Civil Veterinary Department Bihar & Orissa reports 1929-36 - 1929-1936
Year: 1929
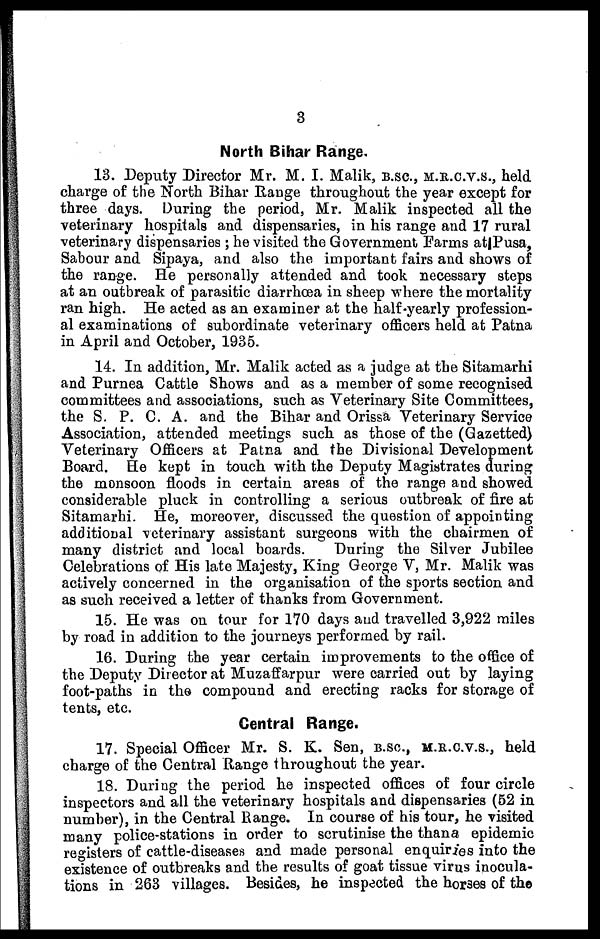
3
North Bihar Range.
13. Deputy Director Mr. M. I. Malik, B.SC., M.R.C.V.S., held
charge of the North Bihar Range throughout the year except for
three days. During the period, Mr. Malik inspected all the
veterinary hospitals and dispensaries, in his range and 17 rural
veterinary dispensaries ; he visited the Government Farms at Pusa,
Sabour and Sipaya, and also the important fairs and shows of
the range. He personally attended and took necessary steps
at an outbreak of parasitic diarrhœa in sheep where the mortality
ran high. He acted as an examiner at the half-yearly profession-
al examinations of subordinate veterinary officers held at Patna
in April and October, 1935.
14. In addition, Mr. Malik acted as a judge at the Sitamarhi
and Purnea Cattle Shows and as a member of some recognised
committees and associations, such as Veterinary Site Committees,
the S. P. C. A. and the Bihar and Orissa Veterinary Service
Association, attended meetings such as those of the (Gazetted)
Veterinary Officers at Patna and the Divisional Development
Board. He kept in touch with the Deputy Magistrates during
the monsoon floods in certain areas of the range and showed
considerable pluck in controlling a serious outbreak of fire at
Sitamarhi. He, moreover, discussed the question of appointing
additional veterinary assistant surgeons with the chairmen of
many district and local boards.
During the Silver Jubilee
Celebrations of His late Majesty, King George V, Mr. Malik was
actively concerned in the organisation of the sports section and
as such received a letter of thanks from Government.
15. He was on tour for 170 days and travelled 3,922 miles
by road in addition to the journeys performed by rail.
16. During the year certain improvements to the office of
the Deputy Director at Muzaffarpur were carried out by laying
foot-paths in the compound and erecting racks for storage of
tents, etc.
Central Range.
17. Special Officer Mr. S. K. Sen, B.SC., M.R.C.V.S., held
charge of the Central Range throughout the year.
18. During the period he inspected offices of four circle
inspectors and all the veterinary hospitals and dispensaries (52 in
number), in the Central Range. In course of his tour, he visited
many police-stations in order to scrutinise the thana epidemic
registers of cattle-diseases and made personal enquiries into the
existence of outbreaks and the results of goat tissue virus inocula-
tions in 263 villages. Besides, he inspected the horses of the